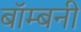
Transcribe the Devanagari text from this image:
बॉम्बनी